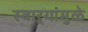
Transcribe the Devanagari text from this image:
स्वाऱ्यांमुळे